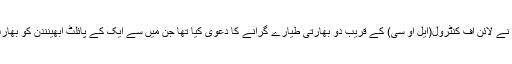
ردعمل کے طور پر پاکستان نے لائن آف کنٹرول(ایل او سی) کے قریب دو بھارتی طیارے گرانے کا دعویٰ کیا تھا جن میں سے ایک کے پائلٹ ابھینندن کو بھارت کے حوالے کر دیا گیا تھا۔